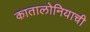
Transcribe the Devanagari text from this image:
कातालोनियाची